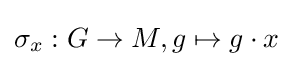
\sigma _{x}:G\to M,g\mapsto g\cdot x